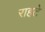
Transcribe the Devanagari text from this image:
राहटे